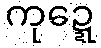
ကုဍ္ဍေ